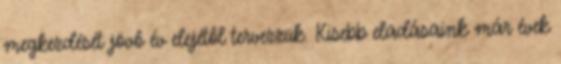
megkezdését jövô év elejétôl tervezzük. Kisebb eladásaink már évek